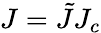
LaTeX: J=\tilde{J}J_{c}